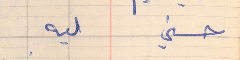
حسني    ليه